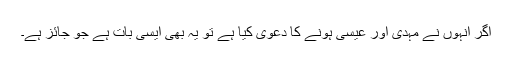
اگر انہوں نے مہدی اور عیسیٰ ہونے کا دعویٰ کیا ہے تو یہ بھی ایسی بات ہے جو جائز ہے۔